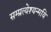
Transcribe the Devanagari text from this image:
सम्प्रत्येश्यन्मयि